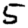
Digit: 5